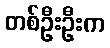
တစ်ဦးဦးက